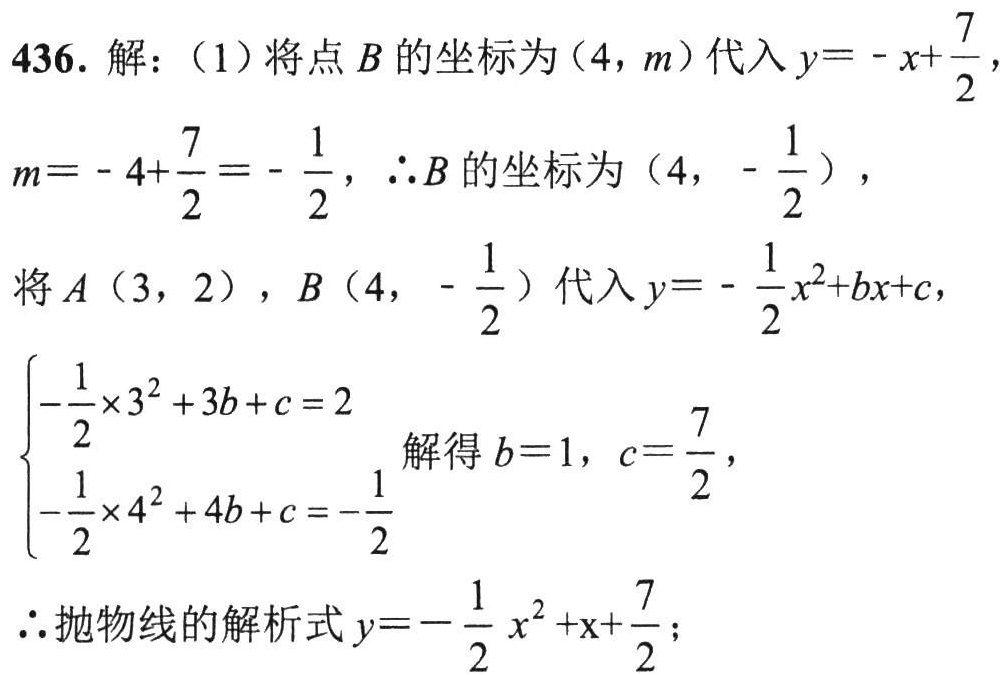
436. 解：（1）将点\(B\)的坐标为\((4,m)\)代入\(y = -x+\frac{7}{2}\)，
\(m = -4+\frac{7}{2}=-\frac{1}{2}\)，\(\therefore B\)的坐标为\((4,-\frac{1}{2})\)，
将\(A(3,2)\)，\(B(4,-\frac{1}{2})\)代入\(y = -\frac{1}{2}x^{2}+bx + c\)，
\(\begin{cases}-\frac{1}{2}\times3^{2}+3b + c = 2\\-\frac{1}{2}\times4^{2}+4b + c = -\frac{1}{2}\end{cases}\)解得\(b = 1\)，\(c=\frac{7}{2}\)，
\(\therefore\)抛物线的解析式\(y = -\frac{1}{2}x^{2}+x+\frac{7}{2}\)；